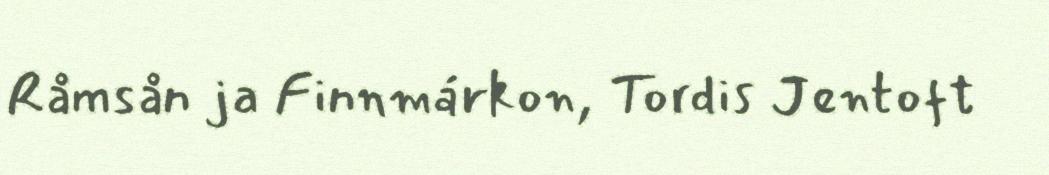
Råmsån ja Finnmárkon, Tordis Jentoft